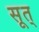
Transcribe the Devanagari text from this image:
सूत्